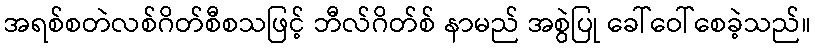
အရစ်စတဲလစ်ဂိတ်စီစသဖြင့် ဘီလ်ဂိတ်စ် နာမည် အစွဲပြု ခေါ်ဝေါ်စေခဲ့သည်။